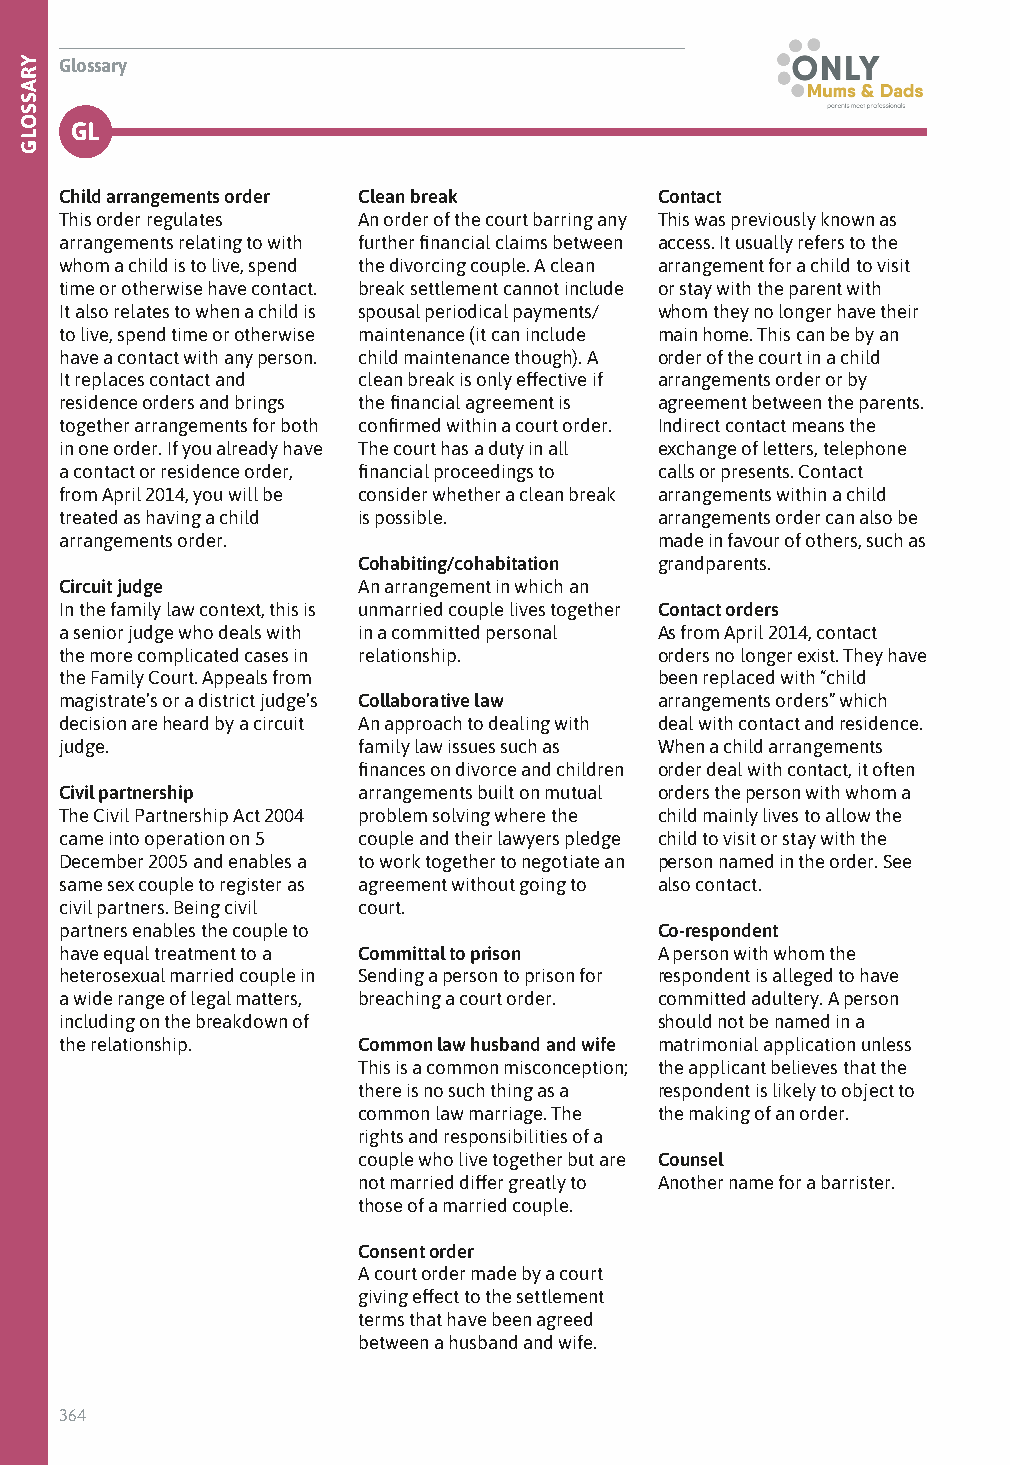
Glossary
 GL
 Child arrangements order Clean break    Contact
 This order regulates An order of the court barring any This was previously known as
 arrangements relating to with further financial claims between access. It usually refers to the
 whom a child is to live, spend the divorcing couple. A clean arrangement for a child to visit
 time or otherwise have contact. break settlement cannot include or stay with the parent with
 It also relates to when a child is spousal periodical payments/ whom they no longer have their
 to live, spend time or otherwise maintenance (it can include main home. This can be by an
 have a contact with any person. child maintenance though). A order of the court in a child
 It replaces contact and clean break is only effective if arrangements order or by
 residence orders and brings the financial agreement is agreement between the parents.
 together arrangements for both confirmed within a court order. Indirect contact means the
 in one order. If you already have The court has a duty in all exchange of letters, telephone
 a contact or residence order, financial proceedings to calls or presents. Contact
 from April 2014, you will be consider whether a clean break arrangements within a child
 treated as having a child is possible.  arrangements order can also be
 arrangements order.                     made in favour of others, such as
 Cohabiting/cohabitation grandparents.
 Circuit judge       An arrangement in which an
 In the family law context, this is unmarried couple lives together Contact orders
 a senior judge who deals with in a committed personal As from April 2014, contact
 the more complicated cases in relationship. orders no longer exist. They have
 the Family Court. Appeals from          been replaced with “child
 magistrate’s or a district judge’s Collaborative law arrangements orders” which
 decision are heard by a circuit An approach to dealing with deal with contact and residence.
 judge.              family law issues such as When a child arrangements
 finances on divorce and children order deal with contact, it often
 Civil partnership   arrangements built on mutual orders the person with whom a
 The Civil Partnership Act 2004 problem solving where the child mainly lives to allow the
 came into operation on 5 couple and their lawyers pledge child to visit or stay with the
 December 2005 and enables a to work together to negotiate an person named in the order. See
 same sex couple to register as agreement without going to also contact.
 civil partners. Being civil court.
 partners enables the couple to          Co-respondent
 have equal treatment to a Committal to prison A person with whom the
 heterosexual married couple in Sending a person to prison for respondent is alleged to have
 a wide range of legal matters, breaching a court order. committed adultery. A person
 including on the breakdown of           should not be named in a
 the relationship.   Common law husband and wife matrimonial application unless
 This is a common misconception; the applicant believes that the
 there is no such thing as a respondent is likely to object to
 common law marriage. The the making of an order.
 rights and responsibilities of a
 couple who live together but are Counsel
 not married differ greatly to Another name for a barrister.
 those of a married couple.
 Consent order
 A court order made by a court
 giving effect to the settlement
 terms that have been agreed
 between a husband and wife.
 364
 YRASSOLG